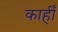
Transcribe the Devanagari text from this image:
काहीँ